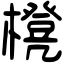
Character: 櫈